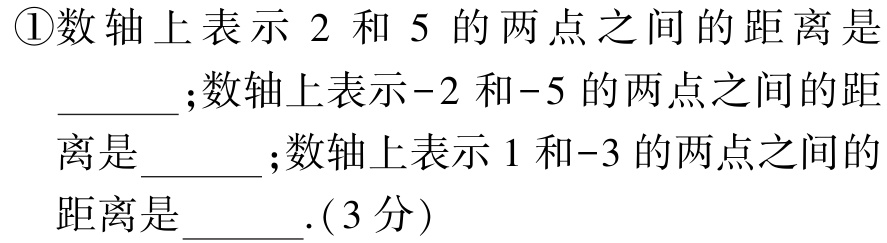
\textcircled{1}数轴上表示 \(2\) 和 \(5\) 的两点之间的距离是 \(\underline{\quad\quad}\);数轴上表示\(-2\)和\(-5\)的两点之间的距离是 \(\underline{\quad\quad}\);数轴上表示 \(1\) 和\(-3\) 的两点之间的距离是 \(\underline{\quad\quad}\).( \(3\) 分)